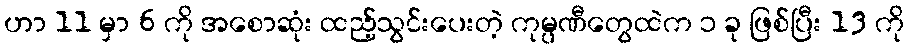
ဟာ 11 မှာ 6 ကို အစောဆုံး ထည့်သွင်းပေးတဲ့ ကုမ္ပဏီတွေထဲက ၁ ခု ဖြစ်ပြီး 13 ကို